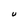
Character: U